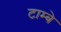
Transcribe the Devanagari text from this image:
टाम्बे